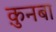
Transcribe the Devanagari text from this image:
क़ुनबा